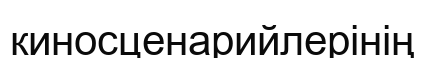
киносценарийлерінің